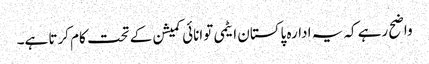
واضح رہے کہ یہ ادارہ پاکستان ایٹمی توانائی کمیشن کے تحت کام کرتا ہے۔